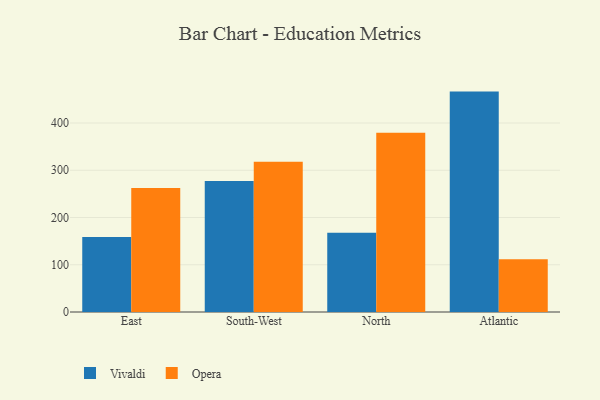
{"axis": {"x": "Region", "y": "Demand Index"}, "legend": ["Opera", "Vivaldi"], "data": [{"x": "East", "y": 158.5, "type": "Vivaldi"}, {"x": "East", "y": 262.4, "type": "Opera"}, {"x": "South-West", "y": 277.2, "type": "Vivaldi"}, {"x": "South-West", "y": 317.9, "type": "Opera"}, {"x": "North", "y": 167.7, "type": "Vivaldi"}, {"x": "North", "y": 379.4, "type": "Opera"}, {"x": "Atlantic", "y": 466.5, "type": "Vivaldi"}, {"x": "Atlantic", "y": 111.9, "type": "Opera"}]}